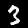
Label: 3